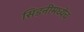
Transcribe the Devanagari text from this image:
सिडनीमध्येच